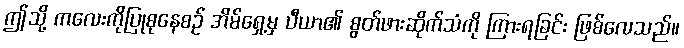
ဤသို့ ကလေးကိုပြုစုနေစဉ် အိမ်ရှေ့မှ ပီယာ၏ စွတ်ဖားဆိုက်သံကို ကြားရခြင်း ဖြစ်လေသည်။